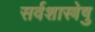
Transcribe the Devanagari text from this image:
सर्वशास्त्रेषु